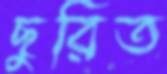
ছুরিত